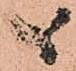
候